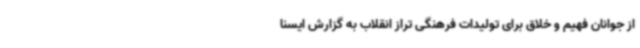
از جوانان فهیم و خلاق برای تولیدات فرهنگی تراز انقلاب به گزارش ایسنا